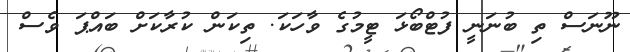
ނޫނަސް ތި ބުނަނީ ފުޓްބޯޅަ ޓީމުގެ ވާހަކަ. ތިކަން ކުރާކަށް ބައްޕަ ވެސް